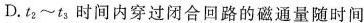
D.t_{2}~t_{3}时间内穿过闭合回路的磁通量随时间